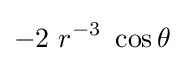
-2~r^{-3}~\cos \theta